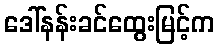
ဒေါ်နန်းခင်ထွေးမြင့်က